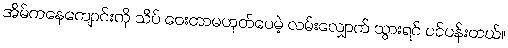
အိမ်ကနေကျောင်းကို သိပ် ဝေးတာမဟုတ်ပေမဲ့ လမ်းလျှောက် သွားရင် ပင်ပန်းတယ်။